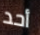
أحد